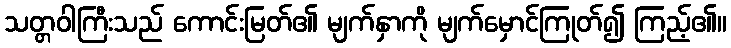
သတ္တဝါကြီးသည် ကောင်းမြတ်၏ မျက်နှာကို မျက်မှောင်ကြုတ်၍ ကြည့်၏။